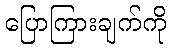
ပြောကြားချက်ကို